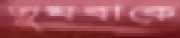
তুমবাকে